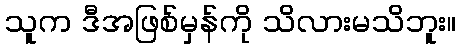
သူက ဒီအဖြစ်မှန်ကို သိလားမသိဘူး။